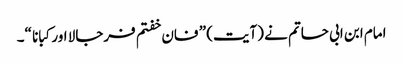
امام ابن ابی حاتم نے (آیت) ” فان خفتم فرجالا اور کبانا “۔